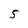
Character: 5